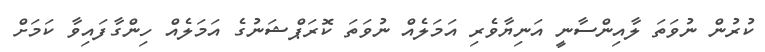
ކުރުން ނުވަތަ ލާއިންސާނީ އަނިޔާވެރި އަމަލެއް ނުވަތަ ކޮރަޕްޝަނުގެ އަމަލެއް ހިންގާފައިވާ ކަމަށް